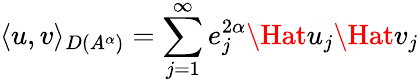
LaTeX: \langle u,v\rangle_{D(A^{\alpha})}=\sum_{j=1}^{\infty}e_{j}^{2\alpha}\Hat{u}_{j}\Hat{v}_{j}